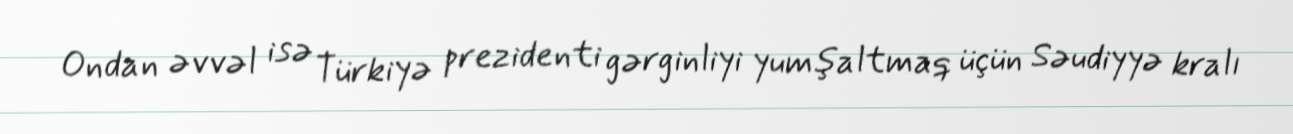
Ondan əvvəl isə Türkiyə prezidenti gərginliyi yumşaltmaq üçün Səudiyyə kralı